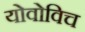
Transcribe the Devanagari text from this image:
योवोविच